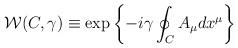
LaTeX: \begin{align*}{\cal W}(C,\gamma)\equiv \mbox{\rm exp} \left\{-i\gamma\oint_C A_\mu dx^\mu\right\}\end{align*}